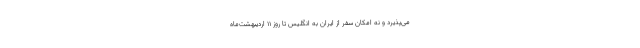
می‌پذیرد و نه امکان سفر از ایران به انگلیس تا روز ۱۱ اردیبهشت‌ماه